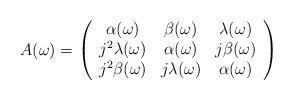
LaTeX: \begin{align*}A(\omega )=\left( \begin{array}{ccc}\alpha (\omega ) & \beta (\omega ) & \lambda (\omega ) \\ j^2\lambda (\omega ) & \alpha (\omega ) & j\beta (\omega ) \\ j^2\beta (\omega ) & j\lambda (\omega ) & \alpha (\omega )\end{array}\right)\end{align*}